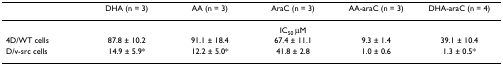
|  | DHA (n = 3) | AA (n = 3) | AraC (n = 3) | AA-araC (n = 3) | DHA-araC (n = 4) |
 | --- | --- | --- | --- | --- | --- |
 |  | <COLSPAN=5> IC50 μM |
 | 4D/WT cells | 87.8 ± 10.2 | 91.1 ± 18.4 | 67.4 ± 11.1 | 9.3 ± 1.4 | 39.1 ± 10.4 |
 | D/v-src cells | 14.9 ± 5.9* | 12.2 ± 5.0* | 41.8 ± 2.8 | 1.0 ± 0.6 | 1.3 ± 0.5* |